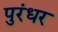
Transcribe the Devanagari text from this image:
पुरंधर